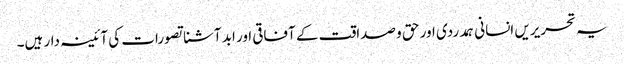
یہ تحریریں انسانی ہمدردی اور حق و صداقت کے آفاقی اور ابد آشنا تصورات کی آئینہ دار ہیں۔